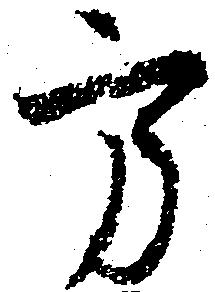
方